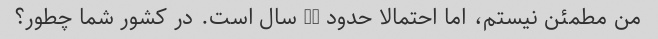
من مطمئن نیستم، اما احتمالا حدود 75 سال است. در کشور شما چطور؟